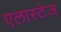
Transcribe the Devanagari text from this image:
एलास्टेज